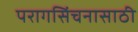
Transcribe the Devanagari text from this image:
परागसिंचनासाठी